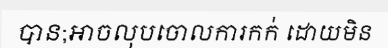
បាន;អាចលុបចោលការកក់ ដោយមិន